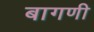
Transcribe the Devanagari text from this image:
बागणी